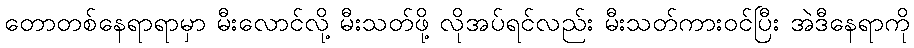
တောတစ်နေရာရာမှာ မီးလောင်လို့ မီးသတ်ဖို့ လိုအပ်ရင်လည်း မီးသတ်ကားဝင်ပြီး အဲဒီနေရာကို